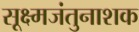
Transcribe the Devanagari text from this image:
सूक्ष्मजंतुनाशक